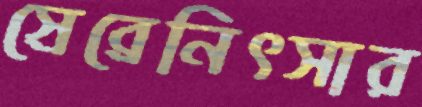
স্রেব্রেনিৎসার